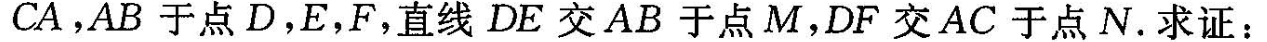
CA，AB于点D，E，F，直线DE交AB于点M，DF交AC于点N。求证：